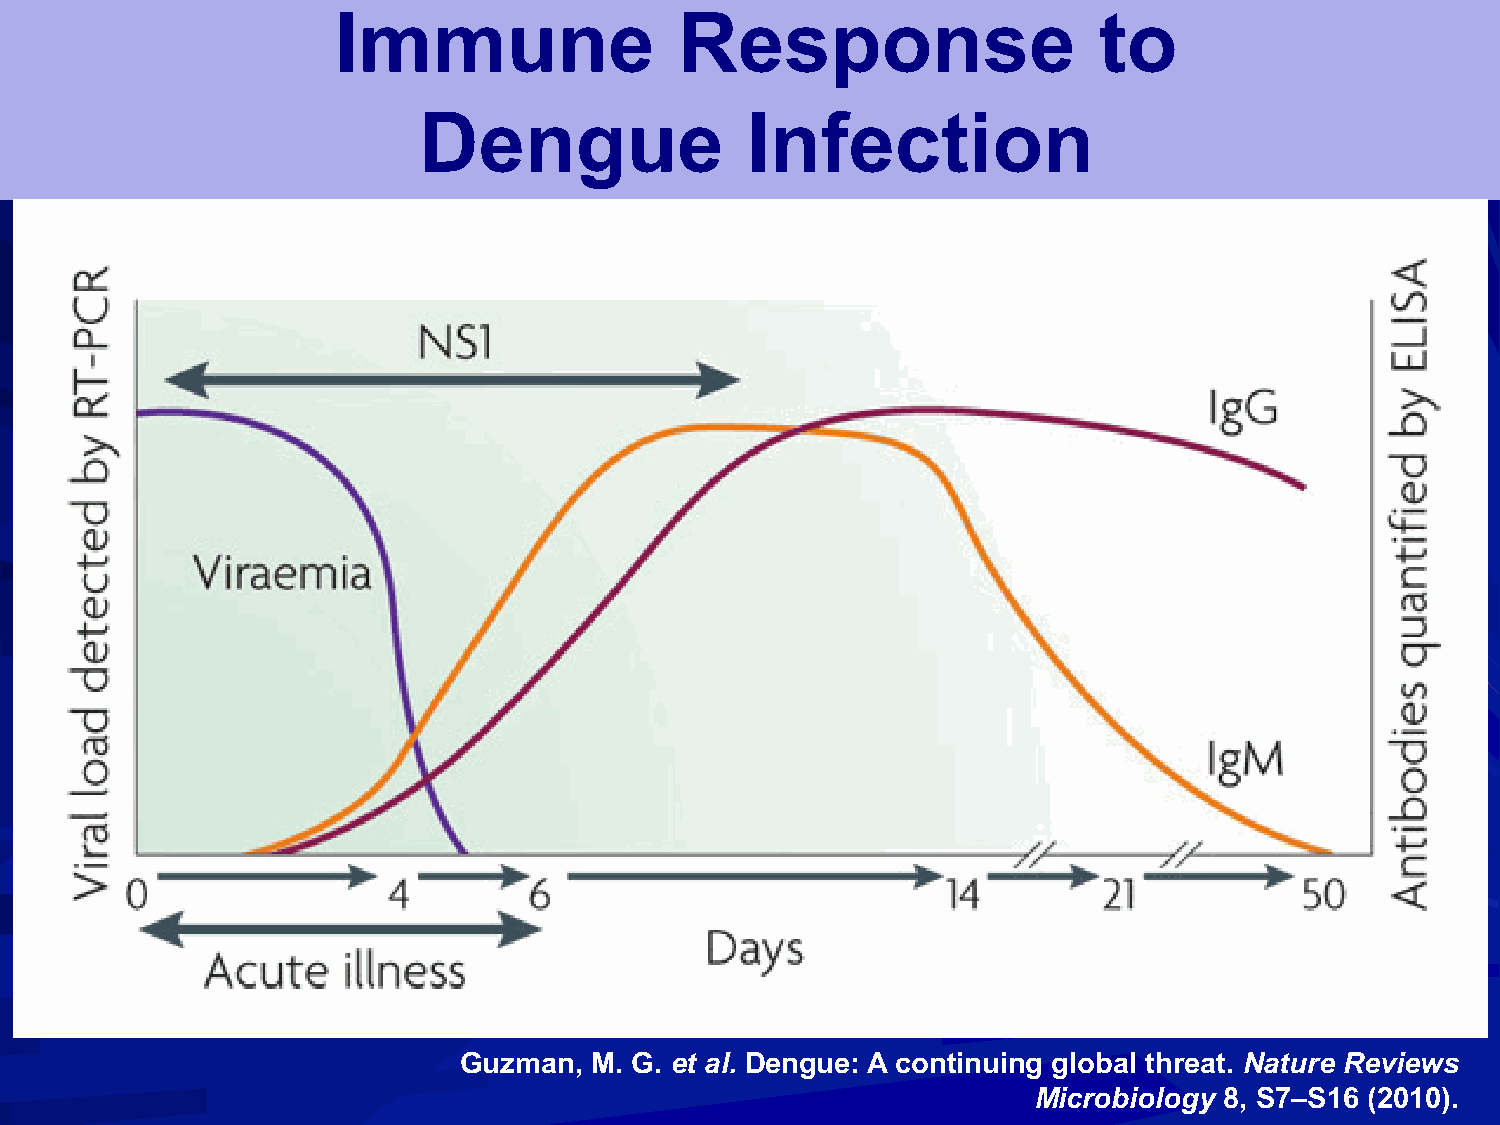
Immune                 Response                    to
 Dengue               Infection
 Guzman,  M. G. et al. Dengue: A continuing global threat. Nature Reviews
 Microbiology 8, S7–S16 (2010).